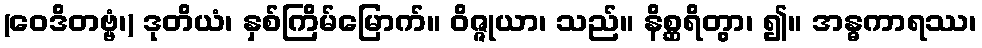
(ဝေဒိတဗ္ဗံ၊) ဒုတိယံ၊ နှစ်ကြိမ်မြောက်။ ဝိဇ္ဇုယာ၊ သည်။ နိစ္ဆရိတွာ၊ ၍။ အန္ဓကာရဿ၊